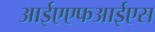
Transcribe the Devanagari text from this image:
आईएएफआईएस